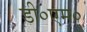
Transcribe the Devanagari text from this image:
डी०एम०